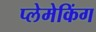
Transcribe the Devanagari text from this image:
प्लेमेकिंग